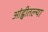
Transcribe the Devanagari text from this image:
आंह्वीतल्या